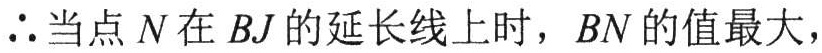
$\therefore$当点$N$在$BJ$的延长线上时，$BN$的值最大，